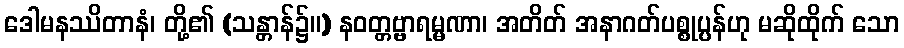
ဒေါမနဿိတာနံ၊ တို့၏ (သန္တာန်၌။) နဝတ္တဗ္ဗာရမ္မဏာ၊ အတိတ် အနာဂတ်ပစ္စုပ္ပန်ဟု မဆိုထိုက် သော